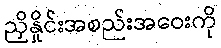
ညှိနှိုင်းအစည်းအဝေးကို